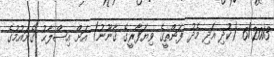
6/2013 (ކުދި އަދި މެދު ފަންތީގެ ވިޔަފާރީގެ ޤާނޫނު) އަށް އިޞްލާޙު ގެނައުމުގެ